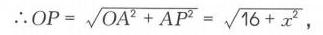
\(\therefore OP=\sqrt{OA^{2}+AP^{2}}=\sqrt{16 + x^{2}}\)，